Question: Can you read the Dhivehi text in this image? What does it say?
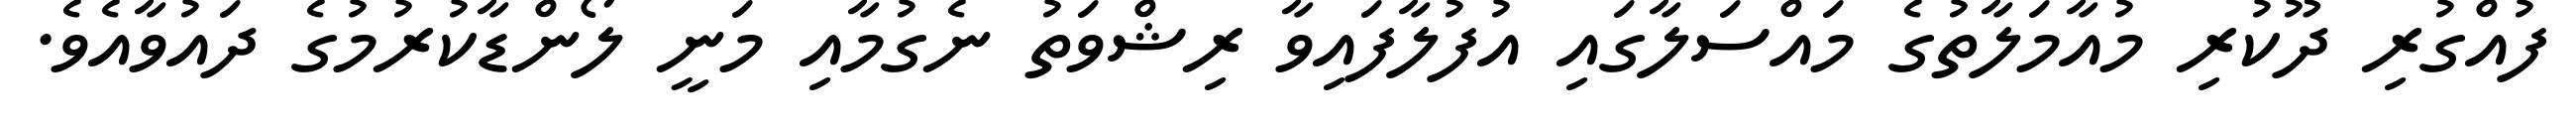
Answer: ފުއްގުރި ދޫކުރި މުއާމަލާތުގެ މައްސަލާގައި އުފުލާފައިވާ ރިޝްވަތު ނެގުމާއި މަނީ ލޯންޑާކުރުމުގެ ދައުވާއެވެ.